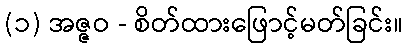
(၁) အဇ္ဇဝ - စိတ်ထားဖြောင့်မတ်ခြင်း။